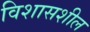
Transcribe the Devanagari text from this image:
विशासशील